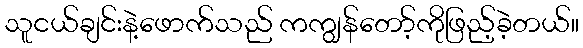
သူငယ်ချင်းနဲ့ဖောက်သည် ကကျွန်တော့်ကိုဖြည့်ခဲ့တယ်။